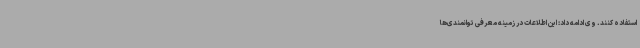
استفاده کنند. وی ادامه داد: این اطلاعات در زمینه معرفی توانمندی‌ها